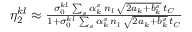
\begin{array} { r l r } & { } & { \eta _ { 2 } ^ { k l } \approx \frac { \sigma _ { 0 } ^ { k l } \, \sum _ { s } \alpha _ { k } ^ { s } \, n _ { l } \, \sqrt { 2 a _ { k } + b _ { k } ^ { s } } \, t _ { C } } { 1 + \sigma _ { 0 } ^ { k l } \, \sum _ { s } \alpha _ { k } ^ { s } \, n _ { l } \, \sqrt { 2 a _ { k } + b _ { k } ^ { s } } \, t _ { C } } } \end{array}